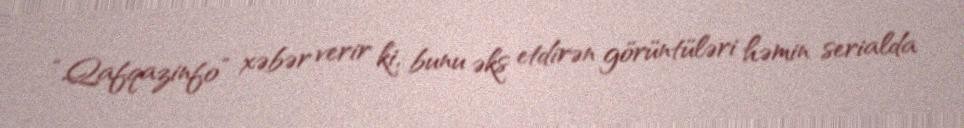
“Qafqazinfo” xəbər verir ki, bunu əks etdirən görüntüləri həmin serialda